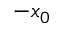
- x _ { 0 }